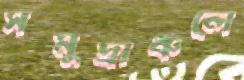
সমুদ্রাঞ্চলে